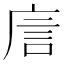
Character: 㢇